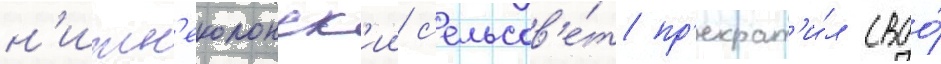
н'ижн'еколонск'ии с'ельсов'е́т пр'екрат'и́л своо́